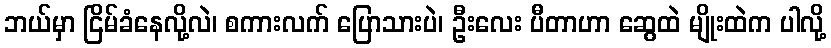
ဘယ်မှာ ငြိမ်ခံနေလို့လဲ၊ စကားလက် ပြောသားပဲ၊ ဦးလေး ပီတာဟာ ဆွေထဲ မျိုးထဲက ပါလို့